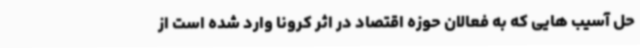
حل آسیب هایی که به فعالان حوزه اقتصاد در اثر کرونا وارد شده است از